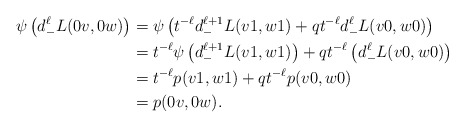
\begin{align*}\psi\left( d_-^{\ell} L(0v, 0w) \right) &= \psi\left( t^{-\ell}d_{-}^{\ell+1} L(v1, w1) + qt^{-\ell}d_-^{\ell}L(v0, w0) \right) \\&= t^{-\ell} \psi\left(d_{-}^{\ell+1} L(v1, w1) \right) + qt^{-\ell} \left( d_-^{\ell}L(v0, w0) \right) \\&= t^{-\ell} p(v1, w1) + qt^{-\ell} p(v0, w0) \\&= p(0v, 0w). \end{align*}